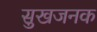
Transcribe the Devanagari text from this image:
सुखजनक